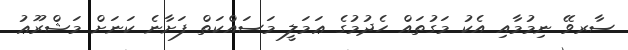
ސާރވޭ ނިމުމާއި އެކު މަގުތައް ހެދުމުގެ ޢަމަލީ މަސައްކަތް ފަށާނެ ކަނަށް މަޝްރޫޢު